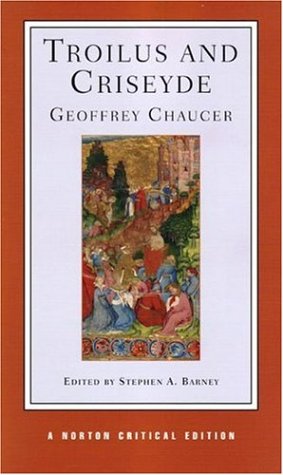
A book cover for Troilus and Criseyde (Norton Critical Editions); Geoffrey Chaucer; Literature & Fiction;